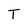
Character: T